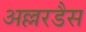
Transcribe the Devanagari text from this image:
अल्लरडैस